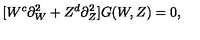
[ W ^ { c } \partial _ { W } ^ { 2 } + Z ^ { d } \partial _ { Z } ^ { 2 } ] G ( W , Z ) = 0 ,